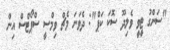
"ސަންގު ޓީވީ ވެލިދޫ ސޮކަ ކަޕް": ދެވަނަ މެޗް ވިމްސީ ސްޕޯޓްސް އިން